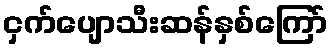
ငှက်ပျောသီးဆန်နှစ်ကြော်